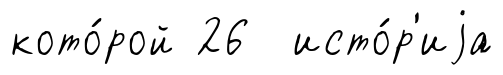
кото́рой 26 исто́р'иjа